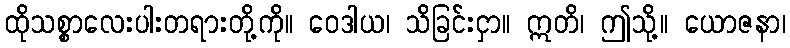
ထိုသစ္စာလေးပါးတရားတို့ကို။ ဝေဒါယ၊ သိခြင်းငှာ။ ဣတိ၊ ဤသို့။ ယောဇနာ၊